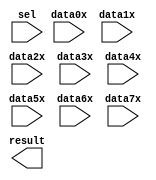
// megafunction wizard: %LPM_MUX%VBB%
// GENERATION: STANDARD
// VERSION: WM1.0
// MODULE: LPM_MUX 

// ============================================================
// Megafunction Name(s):
// 			LPM_MUX
//
// Simulation Library Files(s):
// 			lpm
// ============================================================
// ************************************************************
// THIS IS A WIZARD-GENERATED FILE. DO NOT EDIT THIS FILE!
//
// 17.1.0 Build 590 10/25/2017 SJ Lite Edition
// ************************************************************

//Copyright (C) 2017  Intel Corporation. All rights reserved.
//Your use of Intel Corporation's design tools, logic functions 
//and other software and tools, and its AMPP partner logic 
//functions, and any output files from any of the foregoing 
//(including device programming or simulation files), and any 
//associated documentation or information are expressly subject 
//to the terms and conditions of the Intel Program License 
//Subscription Agreement, the Intel Quartus Prime License Agreement,
//the Intel FPGA IP License Agreement, or other applicable license
//agreement, including, without limitation, that your use is for
//the sole purpose of programming logic devices manufactured by
//Intel and sold by Intel or its authorized distributors.  Please
//refer to the applicable agreement for further details.

module mux2130 (
	data0x,
	data1x,
	data2x,
	data3x,
	data4x,
	data5x,
	data6x,
	data7x,
	sel,
	result);

	input	[7:0]  data0x;
	input	[7:0]  data1x;
	input	[7:0]  data2x;
	input	[7:0]  data3x;
	input	[7:0]  data4x;
	input	[7:0]  data5x;
	input	[7:0]  data6x;
	input	[7:0]  data7x;
	input	[2:0]  sel;
	output	[7:0]  result;

endmodule

// ============================================================
// CNX file retrieval info
// ============================================================
// Retrieval info: PRIVATE: INTENDED_DEVICE_FAMILY STRING "Cyclone IV E"
// Retrieval info: PRIVATE: SYNTH_WRAPPER_GEN_POSTFIX STRING "0"
// Retrieval info: PRIVATE: new_diagram STRING "1"
// Retrieval info: LIBRARY: lpm lpm.lpm_components.all
// Retrieval info: CONSTANT: LPM_SIZE NUMERIC "8"
// Retrieval info: CONSTANT: LPM_TYPE STRING "LPM_MUX"
// Retrieval info: CONSTANT: LPM_WIDTH NUMERIC "8"
// Retrieval info: CONSTANT: LPM_WIDTHS NUMERIC "3"
// Retrieval info: USED_PORT: data0x 0 0 8 0 INPUT NODEFVAL "data0x[7..0]"
// Retrieval info: USED_PORT: data1x 0 0 8 0 INPUT NODEFVAL "data1x[7..0]"
// Retrieval info: USED_PORT: data2x 0 0 8 0 INPUT NODEFVAL "data2x[7..0]"
// Retrieval info: USED_PORT: data3x 0 0 8 0 INPUT NODEFVAL "data3x[7..0]"
// Retrieval info: USED_PORT: data4x 0 0 8 0 INPUT NODEFVAL "data4x[7..0]"
// Retrieval info: USED_PORT: data5x 0 0 8 0 INPUT NODEFVAL "data5x[7..0]"
// Retrieval info: USED_PORT: data6x 0 0 8 0 INPUT NODEFVAL "data6x[7..0]"
// Retrieval info: USED_PORT: data7x 0 0 8 0 INPUT NODEFVAL "data7x[7..0]"
// Retrieval info: USED_PORT: result 0 0 8 0 OUTPUT NODEFVAL "result[7..0]"
// Retrieval info: USED_PORT: sel 0 0 3 0 INPUT NODEFVAL "sel[2..0]"
// Retrieval info: CONNECT: @data 0 0 8 0 data0x 0 0 8 0
// Retrieval info: CONNECT: @data 0 0 8 8 data1x 0 0 8 0
// Retrieval info: CONNECT: @data 0 0 8 16 data2x 0 0 8 0
// Retrieval info: CONNECT: @data 0 0 8 24 data3x 0 0 8 0
// Retrieval info: CONNECT: @data 0 0 8 32 data4x 0 0 8 0
// Retrieval info: CONNECT: @data 0 0 8 40 data5x 0 0 8 0
// Retrieval info: CONNECT: @data 0 0 8 48 data6x 0 0 8 0
// Retrieval info: CONNECT: @data 0 0 8 56 data7x 0 0 8 0
// Retrieval info: CONNECT: @sel 0 0 3 0 sel 0 0 3 0
// Retrieval info: CONNECT: result 0 0 8 0 @result 0 0 8 0
// Retrieval info: GEN_FILE: TYPE_NORMAL mux2130.v TRUE
// Retrieval info: GEN_FILE: TYPE_NORMAL mux2130.inc FALSE
// Retrieval info: GEN_FILE: TYPE_NORMAL mux2130.cmp FALSE
// Retrieval info: GEN_FILE: TYPE_NORMAL mux2130.bsf TRUE
// Retrieval info: GEN_FILE: TYPE_NORMAL mux2130_inst.v FALSE
// Retrieval info: GEN_FILE: TYPE_NORMAL mux2130_bb.v TRUE
// Retrieval info: LIB_FILE: lpm